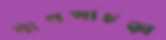
বাগপাচড়া